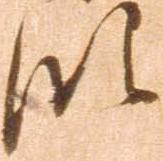
段